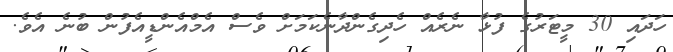
ހަދައި 30 މީޓަރުގެ ފުޅާ ނެރެއް ހެދިގެންދާނެކަމަށް ވެސް އެމްއެންޑީއެފުން ބުނެ އެވެ.